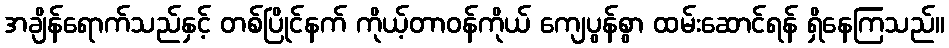
အချိန်ရောက်သည်နှင့် တစ်ပြိုင်နက် ကိုယ့်တာဝန်ကိုယ် ကျေပွန်စွာ ထမ်းဆောင်ရန် ရှိနေကြသည်။